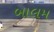
બાલમ